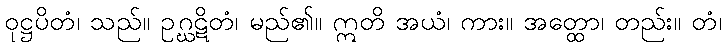
ဝုဋ္ဌပိတံ၊ သည်။ ဥဂ္ဃဋိတံ၊ မည်၏။ ဣတိ အယံ၊ ကား။ အတ္ထော၊ တည်း။ တံ၊